Vaccination in Bombay 1856-1862 - 1856-1862
Year: 1856
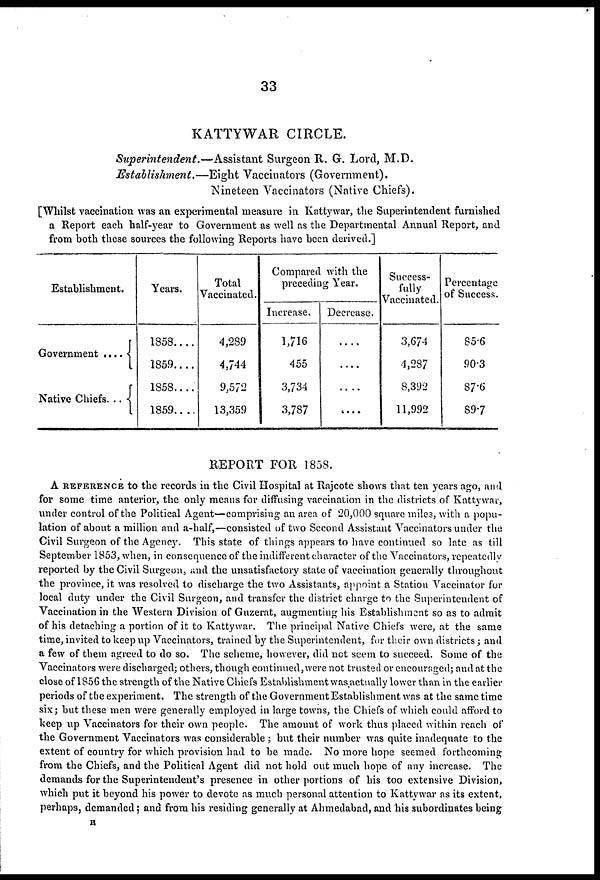
33
KATTYWAR CIRCLE.
Superintendent.—Assistant
Surgeon R. G. Lord, M.D.
Establishment.—Eight
Vaccinators (Government).
Nineteen Vaccinators (Native Chiefs).
[Whilst vaccination was an experimental measure in Kattywar, the Superintendent furnished
a Report each half-year to Government as well as the Departmental Annual Report, and
from both these sources the following Reports have been derived.]
Establishment.
Government ....
Native Chiefs...
Years.
1858....
1859....
1858....
1859....
Total
Vaccinated.
4,289
4,744
9,572
13,359
Compared with the
preceding Year.
Increase.
1,716
455
3,734
3,787
Decrease.
....
....
....
....
Success-
fully
Vaccinated.
3,674
4,287
8,392
11,992
Percentage
of Success
85.6
90.3
87.6
89.7
REPORT FOR 1858.
A REFERENCE to the records in the Civil Hospital at Rajcote shows that ten years ago, and
for some time anterior, the only means for diffusing vaccination in the districts of Kattywar,
under control of the Political Agent—comprising an area of 20,000 square miles, with a popu-
lation of about a million and a-half,—consisted of two Second Assistant Vaccinators under the
Civil Surgeon of the Agency. This state of things appears to have continued so late as till
September 1853, when, in consequence of the indifferent character of the Vaccinators, repeatedly
reported by the Civil Surgeon, and the unsatisfactory state of vaccination generally throughout
the province, it was resolved to discharge the two Assistants, appoint a Station Vaccinator for
local duty under the Civil Surgeon, and transfer the district charge to the Superintendent of
Vaccination in the Western Division of Guzerat, augmenting his Establishment so as to admit
of his detaching a portion of it to Kattywar. The principal Native Chiefs were, at the same
time, invited to keep up Vaccinators, trained by the Superintendent, for their own districts; and
a few of them agreed to do so. The scheme, however, did not seem to succeed. Some of the
Vaccinators were discharged; others, though continued,were not trusted or encouraged; and at the
close of 1856 the strength of the Native Chiefs Establishment was actually lower than in the earlier
periods of the experiment. The strength of the Government Establishment was at the same time
six; but these men were generally employed in large towns, the Chiefs of which could afford to
keep up Vaccinators for their own people. The amount of work thus placed within reach of
the Government Vaccinators was considerable ; but their number was quite inadequate to the
extent of country for which provision had to be made. No more hope seemed forthcoming
from the Chiefs, and the Political Agent did not hold out much hope of any increase. The
demands for the Superintendent's presence in other portions of his too extensive Division,
which put it beyond his power to devote as much personal attention to Kattywar as its extent,
perhaps, demanded; and from his residing generally at Ahmedabad, and his subordinates being
R